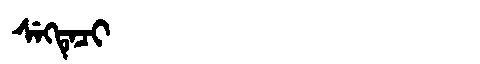
Manchu: ᠰᡝᡴᡨᡝᠴᡳ
Romanization: SEKTECI